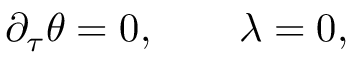
\partial _ { \tau } \theta = 0 , \qquad \lambda = 0 ,